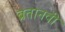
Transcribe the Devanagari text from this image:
ब्रतानवी